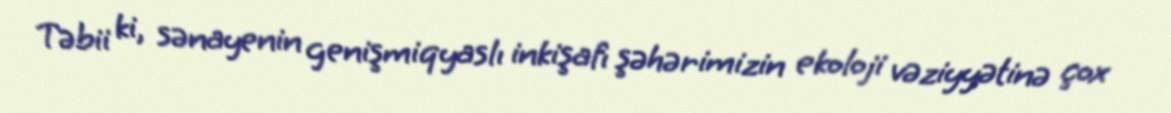
Təbii ki, sənayenin genişmiqyaslı inkişafı şəhərimizin ekoloji vəziyyətinə çox